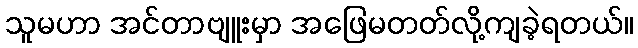
သူမဟာ အင်တာဗျူးမှာ အဖြေမတတ်လို့ကျခဲ့ရတယ်။